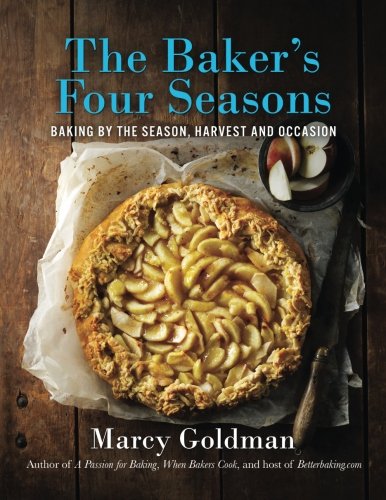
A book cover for The Baker's Four Seasons; Marcy Goldman; Cookbooks, Food & Wine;